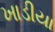
ખાડીયા